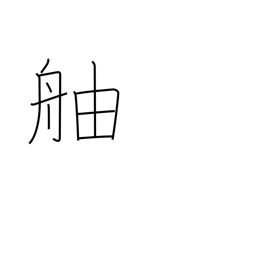
Meaning: prow